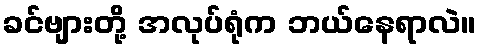
ခင်ဗျားတို့ အလုပ်ရုံက ဘယ်နေရာလဲ။